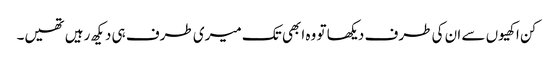
کن اکھیوں سے ان کی طرف دیکھا تو وہ ابھی تک میری طرف ہی دیکھ رہیں تھیں۔